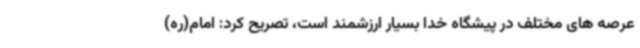
عرصه های مختلف در پیشگاه خدا بسیار ارزشمند است، تصریح کرد: امام(ره)